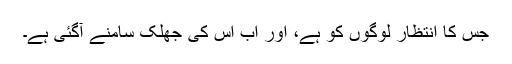
جس کا انتظار لوگوں کو ہے، اور اب اس کی جھلک سامنے آگئی ہے۔